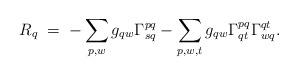
LaTeX: \begin{align*}R_q \; = \; - \sum_{p,w} g_{qw} \Gamma^{pq}_{sq}- \sum_{p,w,t} g_{qw} \Gamma^{pq}_{qt} \Gamma^{qt}_{wq}.\end{align*}